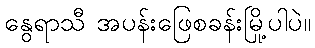
နွေရာသီ အပန်းဖြေစခန်းမြို့ပါပဲ။